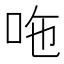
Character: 𠰹